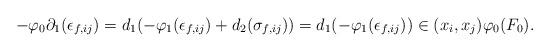
LaTeX: \begin{align*}-\varphi_0\partial_1(\epsilon_{f,ij})=d_1(-\varphi_1(\epsilon_{f,ij})+d_2(\sigma_{f,ij}))=d_1(-\varphi_1(\epsilon_{f,ij}))\in (x_i,x_j)\varphi_0(F_0).\end{align*}